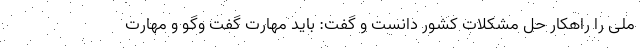
ملی را راهکار حل مشکلات کشور دانست و گفت: باید مهارت گفت وگو و مهارت